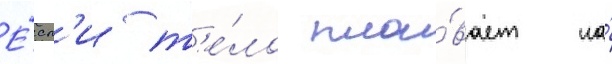
Е́сл'и т'е́ло пла́вает на́